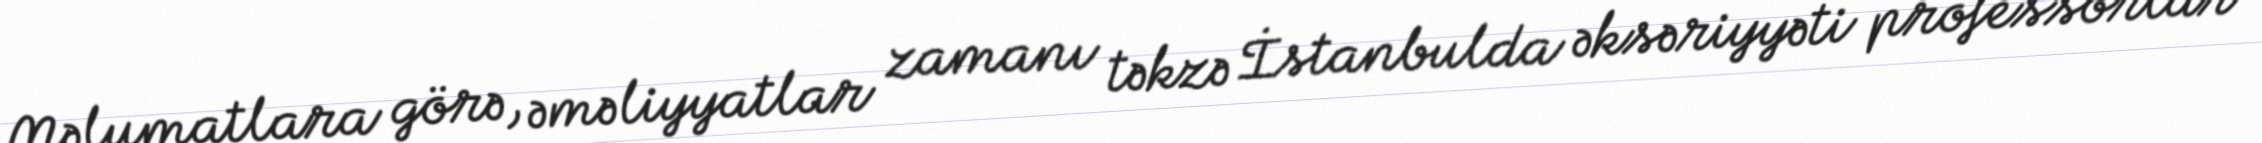
Məlumatlara görə, əməliyyatlar zamanı təkzə İstanbulda əksəriyyəti professorlar